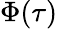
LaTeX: \Phi(\tau)